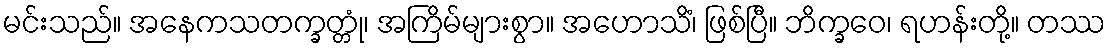
မင်းသည်။ အနေကသတက္ခတ္တုံ၊ အကြိမ်များစွာ။ အဟောသိံ၊ ဖြစ်ပြီ။ ဘိက္ခဝေ၊ ရဟန်းတို့။ တဿ